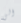
الى